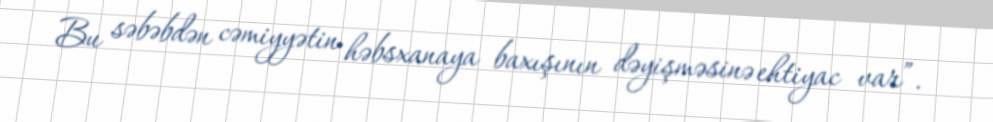
Bu səbəbdən cəmiyyətin həbsxanaya baxışının dəyişməsinə ehtiyac var”.